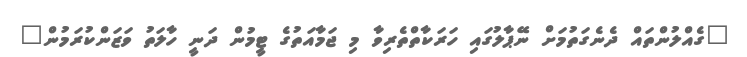
"ގެއްލުންތައް ދެނެގަތުމަށް ނޭޕާލުގައި ހަރަކާތްތެރިވާ މި ޖަމާއަތުގެ ޓީމުން ދަނީ ހާލަތު ވަޒަންކުރަމުން"